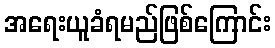
အရေးယူခံရမည်ဖြစ်ကြောင်း